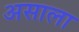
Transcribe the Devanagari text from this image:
असाला